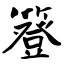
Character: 簦